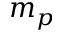
m _ { p }